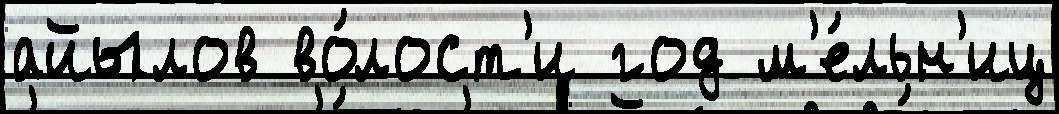
айылов во́лост'и год м'е́льн'иц